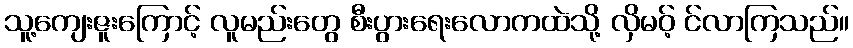
သူ့ကျေးဇူးကြောင့် လူမည်းတွေ စီးပွားရေးလောကထဲသို့ လှိမဝ့် င်လာကြသည်။